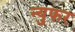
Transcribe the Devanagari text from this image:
न्युफर